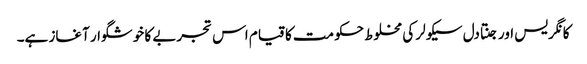
کانگریس اور جنتادل سیکولر کی مخلوط حکومت کا قیام اس تجربے کا خوشگوار آغاز ہے۔